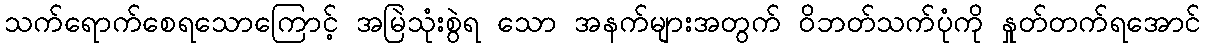
သက်ရောက်စေရသောကြောင့် အမြဲသုံးစွဲရ သော အနက်များအတွက် ဝိဘတ်သက်ပုံကို နှုတ်တက်ရအောင်